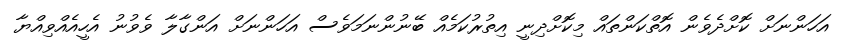
އަހަންނަށް ކޮށްދެވެން އޮތްކަންތައް މިކޮށްދިނީ އިތުރުކަމެއް ބޭނުންނަމަވެސް އަހަންނަށް އަންގާލާ ވެވުނު އެހީއެއްވިއްޔާ